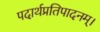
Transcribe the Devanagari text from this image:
पदार्थप्रतिपादनम्।